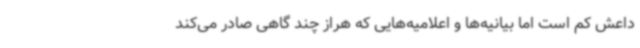
داعش کم است اما بیانیه‌ها و اعلامیه‌هایی که هراز چند گاهی صادر می‌کند